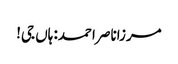
مرزاناصر احمد: ہاں جی!